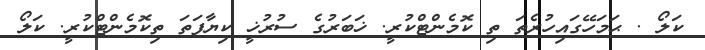
ކަލޯ . ޙަމަހޭގައިހުރެތަ ތި ކޮމެންޓްކުރީ. ޚަބަރުގެ ސުރުޚީ ކިޔާފަތަ ތިކޮމެންޓްކުރީ. ކަލޯ